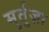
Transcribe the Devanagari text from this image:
मुर्तुज़ा